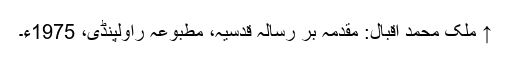
↑ ملک محمد اقبال: مقدمہ بر رسالہ قدسیہ، مطبوعہ راولپنڈی، 1975ء۔